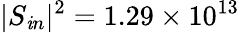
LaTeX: |S_{\mathit{i}n}|^{2}=1.29\times10^{13}